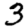
Digit: 3